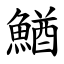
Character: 鰌